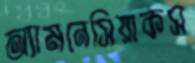
অ্যামনেসিয়াকস